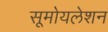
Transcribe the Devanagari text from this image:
सूमोयलेशन